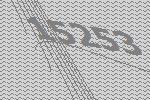
15253